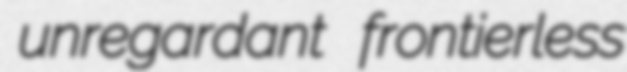
unregardant frontierless